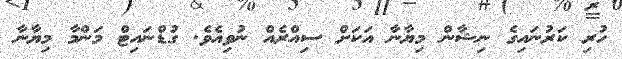
ހުރި ކަރުނައިގެ ނިޝާން މިޔާނާ އަކަށް ސިއްރެއް ނުވިއެވެ. ގުޑްނައިޓް މަންމާ މިޔާނާ